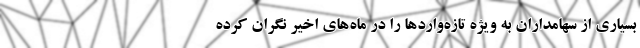
بسیاری از سهامداران به ویژه تازه‌واردها را در ماه‌های اخیر نگران کرده